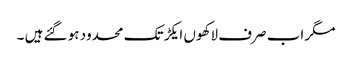
مگر اب صرف لاکھوں ایکڑ تک محدود ہو گئے ہیں ۔